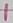
Text: 1